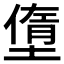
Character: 𡐏